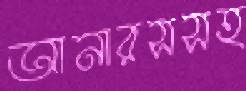
আনারসসহ